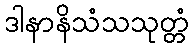
ဒါနာနိသံသသုတ္တံ